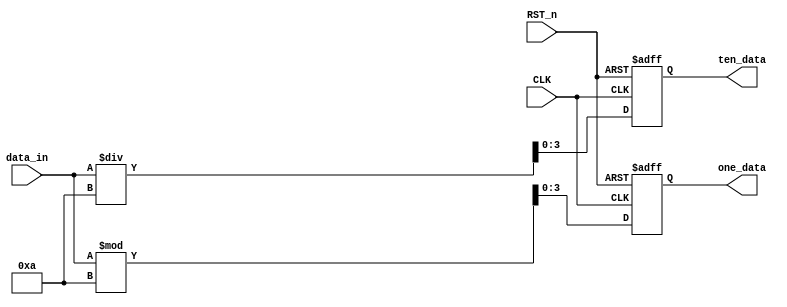
`timescale 1ns / 1ps
//////////////////////////////////////////////////////////////////////////////////
// Company: 
// Engineer: 
// 
// Design Name: 
// Module Name:    number_mod 
// Project Name: 
// Target Devices: 
// Tool versions: 
// Description: 
//
// Dependencies: 
//
// Revision: 
// Revision 0.01 - File Created
// Additional Comments: 
//
//////////////////////////////////////////////////////////////////////////////////
module number_mod(
    CLK,
    RST_n,
    data_in,
    ten_data,
    one_data
    );
    
    input  CLK;
    input  RST_n;
    input  [7:0] data_in;
    output [3:0] ten_data;
    output [3:0] one_data;
    
    //  ""  "" 32
    reg [31:0] rTen;
    reg [31:0] rOne;
    
    always @(posedge CLK or negedge RST_n) begin
        if (!RST_n) begin
            rTen <= 32'd0;
            rOne <= 32'd0;
        end
        else begin
            rTen <= data_in / 10;
            rOne <= data_in % 10;
        end
    end
    

    assign ten_data = rTen[3:0];
    assign one_data = rOne[3:0];
    
endmodule